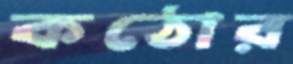
কঠোর